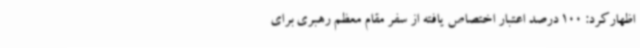
اظهارکرد: 100 درصد اعتبار اختصاص یافته از سفر مقام معظم رهبری برای